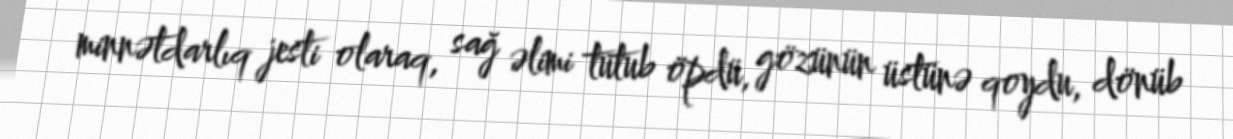
minnətdarlıq jesti olaraq, sağ əlimi tutub öpdü, gözünün üstünə qoydu, dönüb